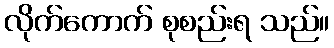
လိုက်ကောက် စုစည်းရ သည်။